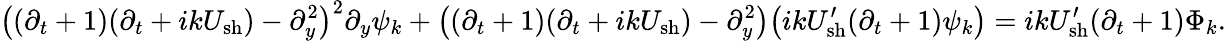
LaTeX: \big((\partial_{t}+1)(\partial_{t}+ikU_{\mathrm{sh}})-\partial_{y}^{2}\big)^{2}\partial_{y}\psi_{k}+\big((\partial_{t}+1)(\partial_{t}+ikU_{\mathrm{sh}})-\partial_{y}^{2}\big)\big(ikU_{\mathrm{sh}}^{\prime}(\partial_{t}+1)\psi_{k}\big)=ikU_{\mathrm{sh}}^{\prime}(\partial_{t}+1)\Phi_{k}.